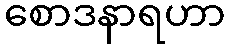
စောဒနာရဟာ